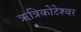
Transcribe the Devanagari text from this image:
ऋत्रिकोटेश्‍वर